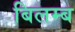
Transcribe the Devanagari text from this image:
बिलम्‍ब